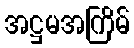
အဋ္ဌမအကြိမ်